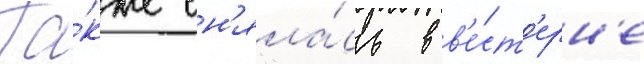
Та́кже сн'яла́сь в в'е́ст'ерн'е